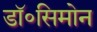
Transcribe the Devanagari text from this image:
डॉ॰सिमोन